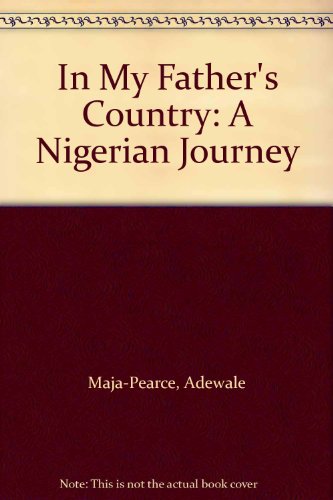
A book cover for In My Father's Country: A Nigerian Journey; Adewale Maja-Pearce; Travel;